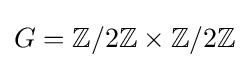
G=\mathbb {Z} /2\mathbb {Z} \times \mathbb {Z} /2\mathbb {Z}